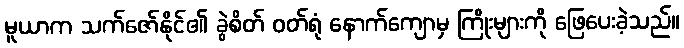
မူယာက သက်ဇော်နိုင်၏ ခွဲစိတ် ဝတ်ရုံ နောက်ကျောမှ ကြိုးများကို ဖြေပေးခဲ့သည်။